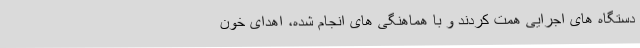
دستگاه های اجرایی همت کردند و با هماهنگی های انجام شده، اهدای خون